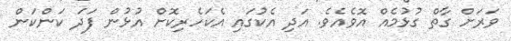
ވަރަށް ގާތް ގުޅުމެއް އޮވެއެވެ. އަދި އެކުގައި އެކަހެރިކޮށް އުޅުން ފަދަ ކަންކަން